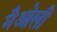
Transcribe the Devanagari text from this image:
मैओली